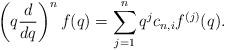
LaTeX: \begin{align*}\left(q\frac{d}{dq}\right)^n f(q) = \sum_{j=1}^n q^jc_{n,i}f^{(j)}(q).\end{align*}